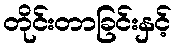
တိုင်းတာခြင်းနှင့်